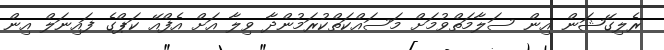
ރެލިގޭޝަން އިން ސަލާމަތްވުމަށް މަސައްކަތްކުރަމުންދާ ވިލާ އަށް އެފްއޭ ކަޕްގެ ފައިނަލް އިން